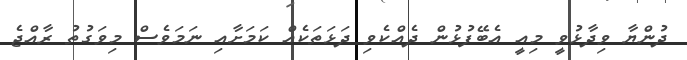
ދުންޔާ ވިދާޅުވީ މިއީ އެބޭފުޅުން ދެއްކެވި ދަޅަތަކެއް ކަމަށާއި ނަމަވެސް މިވަގުތު ރާއްޖެ